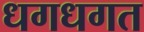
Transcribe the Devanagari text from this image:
धगधगत